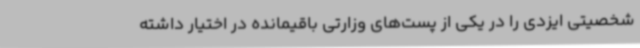
شخصیتی ایزدی را در یکی از پست‌های وزارتی باقیمانده در اختیار داشته